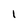
Character: 1